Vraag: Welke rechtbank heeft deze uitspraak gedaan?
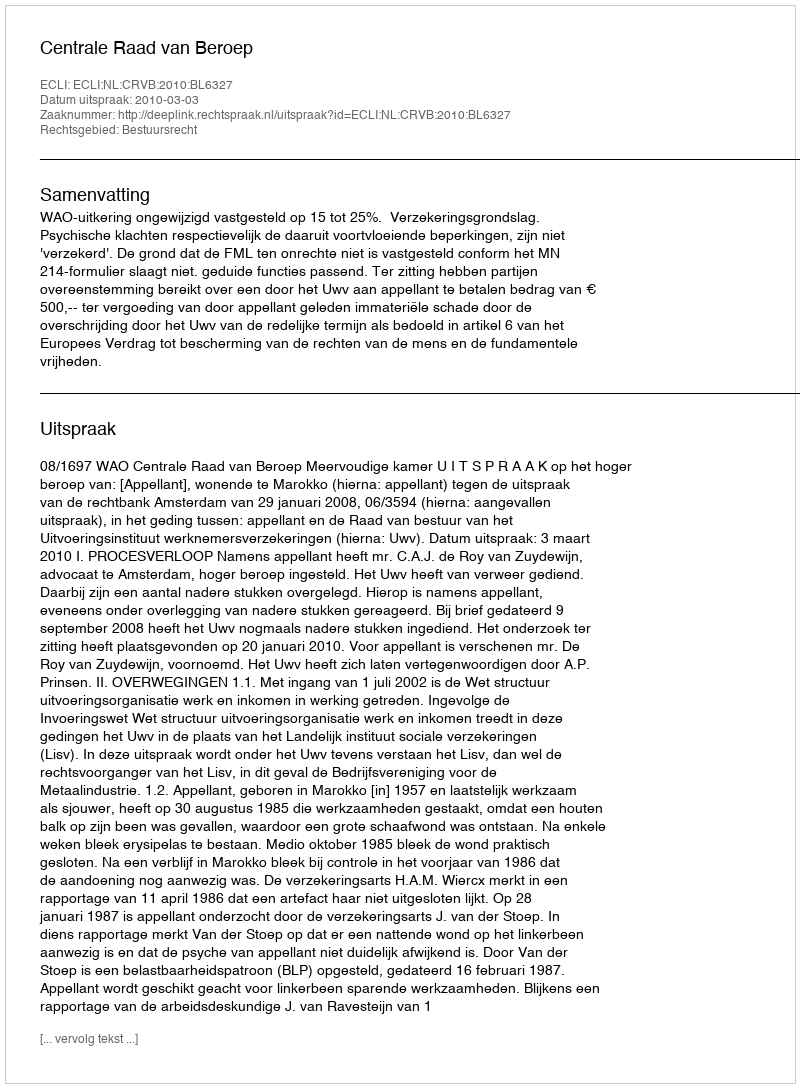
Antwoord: Centrale Raad van Beroep